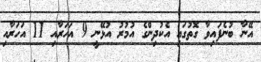
އޭނާ ބުނެފައިވާ ގޮތުގައި އެކުދިންގެ އުމުރު އުޅޭނީ 9 އަހަރާއި 11 އަހަރާއި